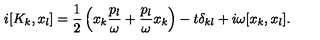
i [ K _ { k } , x _ { l } ] = \frac { 1 } { 2 } \left( x _ { k } \frac { p _ { l } } { \omega } + \frac { p _ { l } } { \omega } x _ { k } \right) - t \delta _ { k l } + i \omega [ x _ { k } , x _ { l } ] .